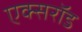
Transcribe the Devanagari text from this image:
एक्सरॉड